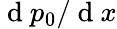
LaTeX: \mathrm{~d~}p_{0}/\mathrm{~d~}x